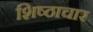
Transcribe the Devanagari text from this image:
शिष्ठाचार